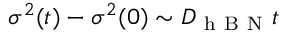
\sigma ^ { 2 } ( t ) - \sigma ^ { 2 } ( 0 ) \sim D _ { \mathrm { ~ h ~ B ~ N ~ } } t